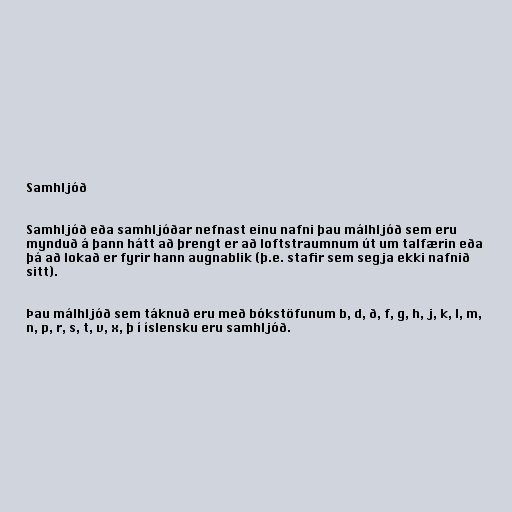
Samhljóð

Samhljóð eða samhljóðar nefnast einu nafni þau málhljóð sem eru
mynduð á þann hátt að þrengt er að loftstraumnum út um talfærin eða
þá að lokað er fyrir hann augnablik (þ.e. stafir sem segja ekki nafnið
sitt).

Þau málhljóð sem táknuð eru með bókstöfunum b, d, ð, f, g, h, j, k, l, m,
n, p, r, s, t, v, x, þ í íslensku eru samhljóð.